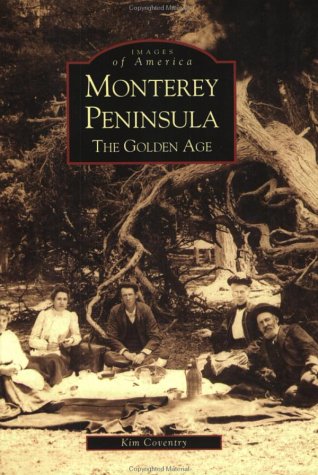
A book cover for Monterey Peninsula:  The Golden Age   (CA)   (Images of America); Kim Coventry; Travel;